Report of the Indian Hemp Drugs Commission, 1894-1895 - Volume V
Year: 1894
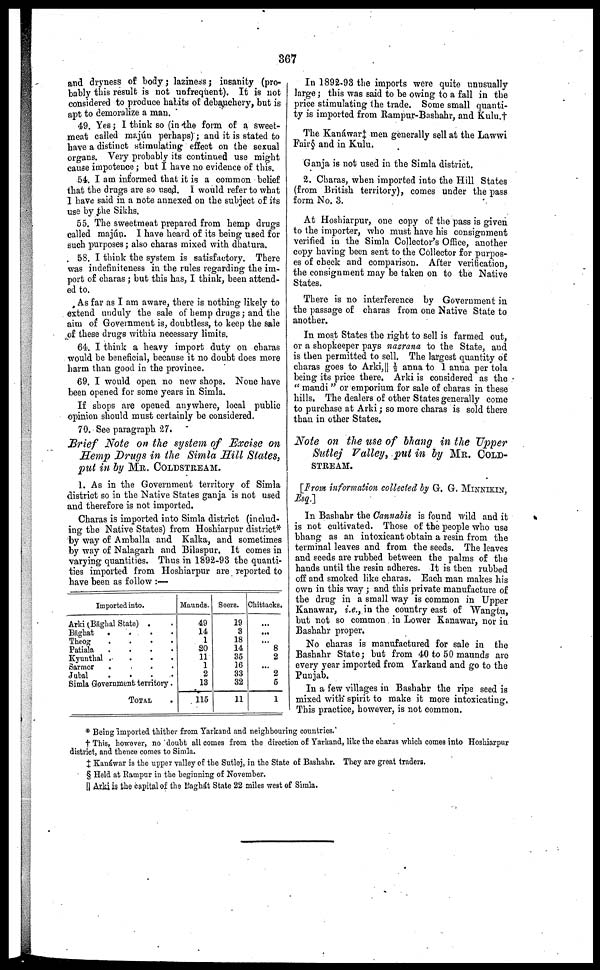
367
and dryness of body ; laziness ; insanity (pro-
bably this result is not unfrequent). It is not
considered to produce habits of debauchery, but is
apt to demoralize a man.
49. Yes ; I think so (in the form of a sweet-
meat called majún perhaps) ; and it is stated to
have a distinct stimulating effect on the sexual
organs. Very probably its continued use might
cause impotence ; but I have no evidence of this.
54. I am informed that it is a common belief
that the drugs are so used. I would refer to what
I have said in a note annexed on the subject of its
use by the Sikhs.
55. The sweetmeat prepared from hemp drugs
called majún. I have heard of its being used for
such purposes ; also charas mixed with dhatura.
58. I think the system is satisfactory. There
was indefiniteness in the rules regarding the im-
port of charas ; but this has, I think, been attend-
ed to.
As far as I am aware, there is nothing likely to
extend unduly the sale of hemp drugs ; and the
aim of Government is, doubtless, to keep the sale
of these drugs within necessary limits.
64. I think a heavy import duty on charas
would be beneficial, because it no doubt does more
harm than good in the province.
69. I would open no new shops. None have
been opened for some years in Simla.
If shops are opened anywhere, local public
opinion should must certainly be considered.
70. See paragraph 27.
Brief Note on the system of Excise on
Hemp Drugs in the Simla Hill States,
put in by MR. COLDSTREAM.
1. As in the Government territory of Simla
district so in the Native States ganja is not used
and therefore is not imported.
Charas is imported into Simla district (includ-
ing the Native States) from Hoshiarpur district*
by way of Amballa and Kalka, and sometimes
by way of Nalagarh and Bilaspur. It comes in
varying quantities. Thus in 1892-93 the quanti-
ties imported from Hoshiarpur are reported to
have been as follow :—
Imported into.
Arki (Bāghal State) . .
Bāghat
.
.
. .
Theog
.
.
.
.
Patiala
.
.
.
.
Kyunthal .
.
.
.
Sarmor
.
. .
Jubal
.
.
.
.
Simla Government territory .
TOTAL .
Maunds.
49
14
1
20
11
1
2
13
115
Seers.
19
3
18
14
35
16
33
32
11
Chittacks.
...
...
...
8
2
...
2
5
1
In 1892-93 the imports were quite unusually
large ; this was said to be owing to a fall in the
price stimulating the trade. Some small quanti
ty is imported from Rampur-Baskahr, and Kulu.†
The Kanáwar‡ men generally sell at the Lawwi
Fair§ and in Kulu.
Ganja is not used in the Simla district.
2. Charas, when imported into the Hill States
(from British territory), comes under the pass
form No. 3.
At Hoshiarpur, one copy of the pass is given
to the importer, who must have his consignment
verified in the Simla Collector's Office, another
copy having been sent to the Collector for purpos-
es of check and comparison. After verification,
the consignment may be taken on to the Native
States.
There is no interference by Government in
the passage of charas from one Native State to
another.
In most States the right to sell is farmed out,
or a shopkeeper pays nazrana to the State, and
is then permitted to sell. The largest quantity of
charas goes to Arki,|| ½ anna to 1 anna per tola
being its price there. Arki is considered as the
"maudi" or emporium for sale of charas in these
hills. The dealers of other States generally come
to purchase at Arki ; so more charas is sold there
than in other States.
Note on the use of bhang in the Upper
Sutlej Valley, put in by MR. COLD-
------.
[From information collected by G. G. MINNIKIN,
Esq.]
In Bashahr the Cannabis is found wild and it
is not cultivated. Those of the people who use
bhang as an intoxicant obtain a resin from the
terminal leaves and from the seeds. The leaves
and seeds are rubbed between the palms of the
hands until the resin adheres. It is then rubbed
off and smoked like charas. Each man makes his
own in this way ; and this private manufacture of
the drug in a small way is common in Upper
Kanawar, i.e., in the country east of Wangtu,
but not so common in Lower Kanawar, nor in
Bashahr proper.
No charas is manufactured for sale in the
Bashahr State ; but from 40 to 50 maunds are
every year imported from Yarkand and go to the
Punjab.
In a few villages in Bashahr the ripe seed is
mixed with spirit to make it more intoxicating.
This practice, however, is not common.
* Being imported thither from Yarkand and neighbouring countries.
† This, however, no doubt all comes from the direction of Yarkand, like the charas which comes into Hoshiarpur
district, and thence comes to Simla.
‡ Kanáwar is the upper valley of the Sutlej, in the State of Bashahr. They are great traders.
§ Held at Rampur in the beginning of November.
|| Arki is the capital of the Baghát State 22 miles west of Simla.